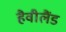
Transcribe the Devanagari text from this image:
हैवीलैंड